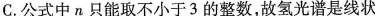
C.公式中π只能取不小于3的整数，故氢光谱是线状